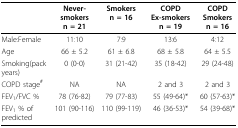
<table><thead><tr><td></td><td><b>Never-smokersn = 21</b></td><td><b>Smokersn = 16</b></td><td><b>COPDEx-smokers n = 19</b></td><td><b>COPDSmokers n = 16</b></td></tr></thead><tbody><tr><td>Male:Female</td><td>11:10</td><td>7:9</td><td>13:6</td><td>4:12</td></tr><tr><td>Age</td><td>66 ± 5.2</td><td>61 ± 6.8</td><td>68 ± 5.8</td><td>64 ± 5.5</td></tr><tr><td>Smoking(pack years)</td><td>0 (0-0)</td><td>31 (21-42)</td><td>35 (18-42)</td><td>29 (24-48)</td></tr><tr><td>COPD stage<sup>#</sup></td><td>NA</td><td>NA</td><td>2 and 3</td><td>2 and 3</td></tr><tr><td>FEV<sub>1</sub>/FVC %</td><td>78 (76-82)</td><td>79 (77-83)</td><td>55 (49-64)*</td><td>60 (57-63)*</td></tr><tr><td>FEV<sub>1 </sub>% of predicted</td><td>101 (90-116)</td><td>110 (99-119)</td><td>46 (36-53)*</td><td>54 (39-68)*</td></tr></tbody></table>